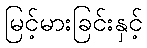
မြင့်မားခြင်းနှင့်